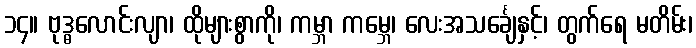
၁၄။ ဗုဒ္ဓလောင်းလျာ၊ ထိုများစွာကို၊ ကမ္ဘာ ကမ္ဘေ၊ လေးအသင်္ချေနှင့်၊ တွက်ရေ မတိမ်း၊